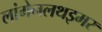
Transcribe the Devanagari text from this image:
लांगेनलथइमर